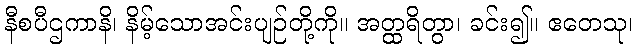
နီစပီဌကာနိ၊ နိမ့်သောအင်းပျဉ်တို့ကို။ အတ္ထရိတွာ၊ ခင်း၍။ ဧတေသု၊